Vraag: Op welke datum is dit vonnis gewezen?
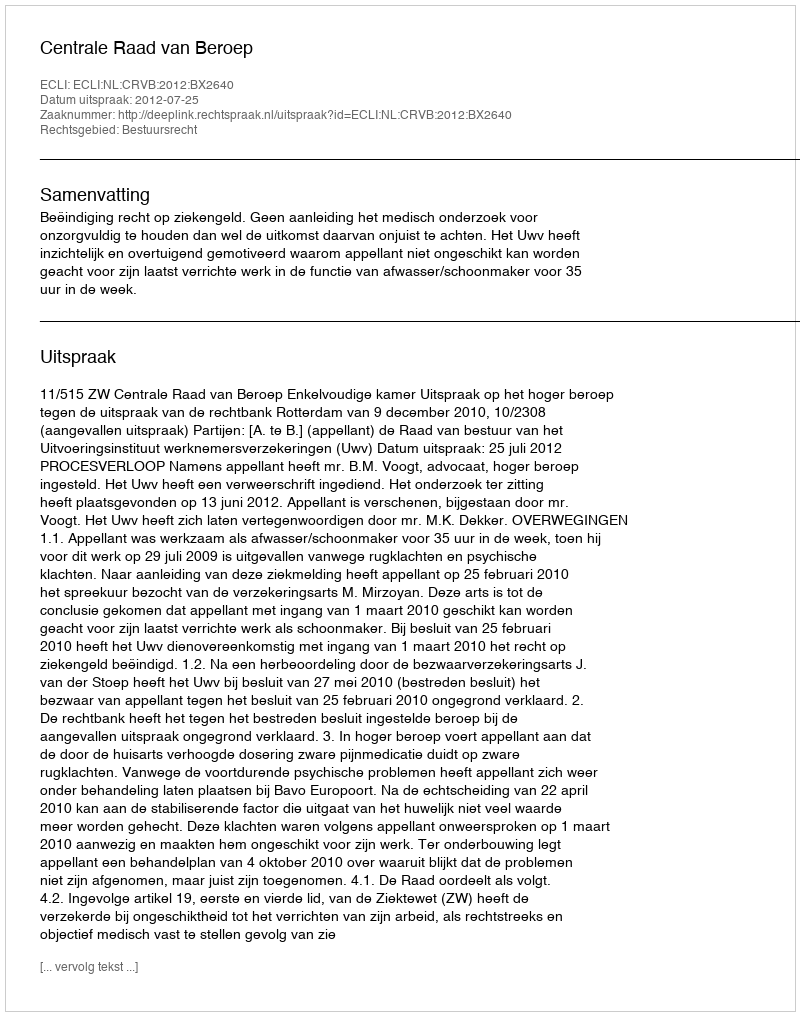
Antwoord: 2012-07-25